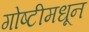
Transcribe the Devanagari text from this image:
गोष्टीमधून